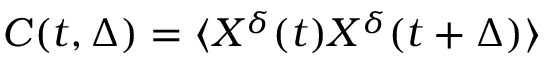
\begin{array} { r } { C ( t , \Delta ) = \langle X ^ { \delta } ( t ) X ^ { \delta } ( t + \Delta ) \rangle } \end{array}